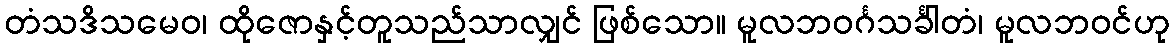
တံသဒိသမေဝ၊ ထိုဇောနှင့်တူသည်သာလျှင် ဖြစ်သော။ မူလဘဝင်္ဂသင်္ခါတံ၊ မူလဘဝင်ဟု